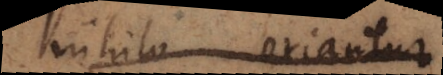
nihilo oriantur